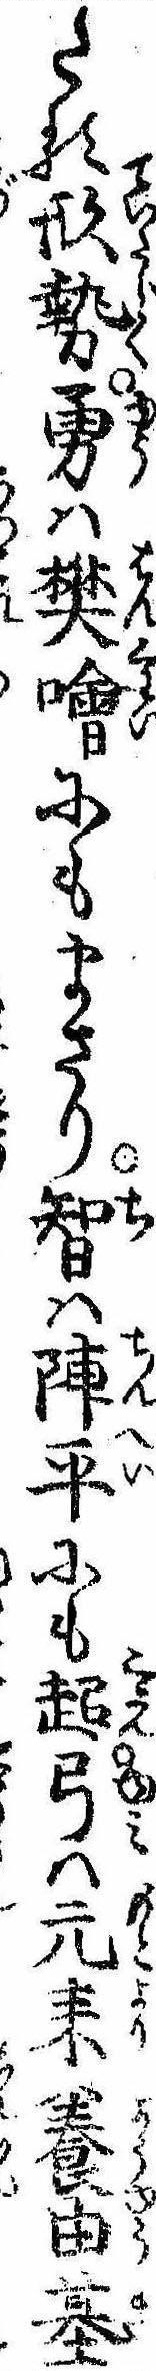
たる形勢勇は樊噲にもまさり智は陳平にも超弓は元耒養由基